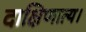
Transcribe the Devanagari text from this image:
दाक्षिणात्य।